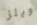
ويلز